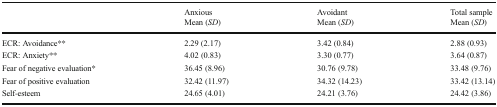
<table><thead><tr><td></td><td><b>Anxious</b></td><td><b>Avoidant</b></td><td><b>Total sample</b></td></tr><tr><td></td><td><b>Mean (<i>SD</i>)</b></td><td><b>Mean (<i>SD</i>)</b></td><td><b>Mean (<i>SD</i>)</b></td></tr></thead><tbody><tr><td>ECR: Avoidance**</td><td>2.29 (2.17)</td><td>3.42 (0.84)</td><td>2.88 (0.93)</td></tr><tr><td>ECR: Anxiety**</td><td>4.02 (0.83)</td><td>3.30 (0.77)</td><td>3.64 (0.87)</td></tr><tr><td>Fear of negative evaluation*</td><td>36.45 (8.96)</td><td>30.76 (9.78)</td><td>33.48 (9.76)</td></tr><tr><td>Fear of positive evaluation</td><td>32.42 (11.97)</td><td>34.32 (14.23)</td><td>33.42 (13.14)</td></tr><tr><td>Self-esteem</td><td>24.65 (4.01)</td><td>24.21 (3.76)</td><td>24.42 (3.86)</td></tr></tbody></table>